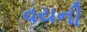
વયની